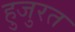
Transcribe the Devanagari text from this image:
हुजुरत